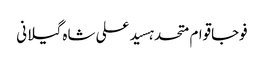
فوجاقوام متحدہسید علی شاہ گیلانی